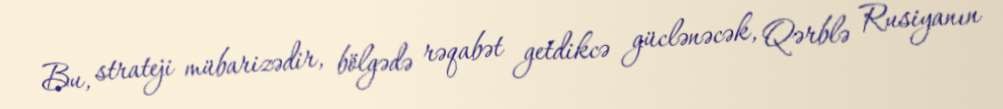
Bu, strateji mübarizədir, bölgədə rəqabət getdikcə güclənəcək, Qərblə Rusiyanın